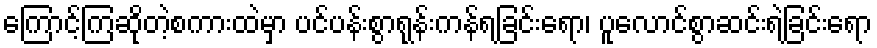
ကြောင့်ကြဆိုတဲ့စကားထဲမှာ ပင်ပန်းစွာရုန်းကန်ရခြင်းရော၊ ပူလောင်စွာဆင်းရဲခြင်းရော